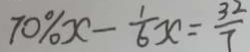
7 0 \% x - \frac { 1 } { 6 } x = \frac { 3 2 } { 7 }